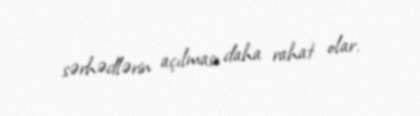
sərhədlərin açılması daha rahat olar.